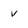
Character: v